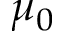
\mu _ { 0 }